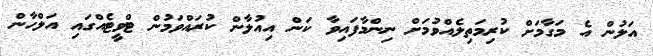
އަލުން އެ މަގާމަށް ކުރިމަތިލެއްވުމަށް ނިންމާފައިވާ ކަން އިއުލާން ކުރައްވަމުން ޓްވީޓެއްގައި އަލްހާން